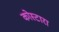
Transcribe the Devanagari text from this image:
कोस्‍टारा